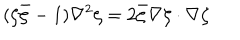
LaTeX: ( \zeta { \bar { \zeta } } - 1 ) \nabla ^ { 2 } \zeta = 2 { \bar { \zeta } } \nabla \zeta \cdot \nabla \zeta